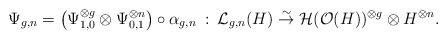
LaTeX: \begin{align*}\Psi_{g,n} = \left(\Psi_{1,0}^{\otimes g} \otimes \Psi_{0,1}^{\otimes n}\right) \circ \alpha_{g,n} \: : \: \mathcal{L}_{g,n}(H) \overset{\sim}{\rightarrow} \mathcal{H}(\mathcal{O}(H))^{\otimes g} \otimes H^{\otimes n}.\end{align*}